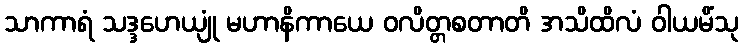
သာကာရံ သဒ္ဒဟေယျုံ မဟာနိကာယေ ဝလိတ္တစတာတိ အသိထိလံ ဝါယမိံသု